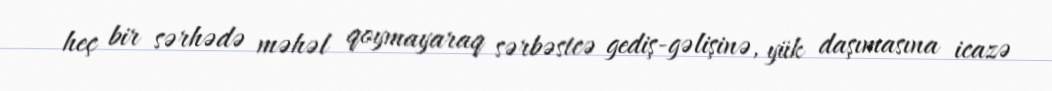
heç bir sərhədə məhəl qoymayaraq sərbəstcə gediş-gəlişinə, yük daşımasına icazə